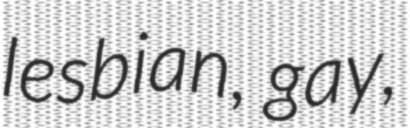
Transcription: lesbian, gay,